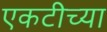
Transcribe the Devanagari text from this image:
एकटीच्या